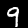
Label: 9